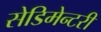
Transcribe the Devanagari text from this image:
सेडिमेन्टरी